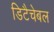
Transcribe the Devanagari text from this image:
डिटैचेबल